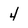
Character: 4